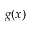
g ( x )